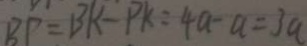
B P = B K - P K = 4 a - a = 3 a